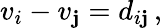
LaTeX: v_{i}-v_{\mathbf{j}}=d_{i\mathbf{j}}\, ,